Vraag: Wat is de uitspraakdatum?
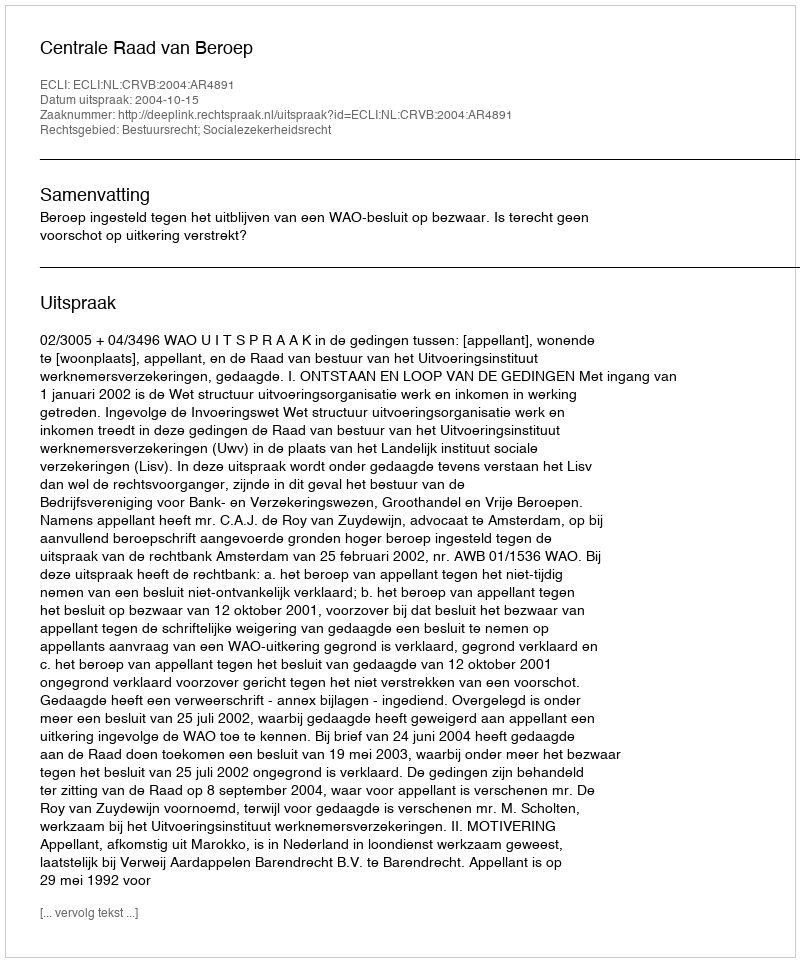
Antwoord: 2004-10-15